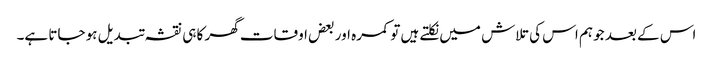
اس کے بعد جو ہم اس کی تلاش میں نکلتے ہیں تو کمرہ اور بعض اوقات گھر کا ہی نقشہ تبدیل ہو جاتا ہے۔